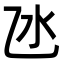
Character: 氹